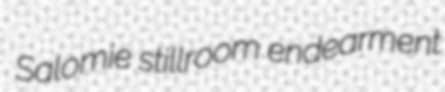
Salomie stillroom endearment